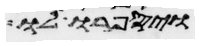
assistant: ויספרו לו